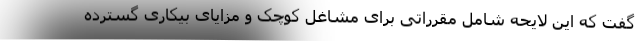
گفت که این لایحه شامل مقرراتی برای مشاغل کوچک و مزایای بیکاری گسترده